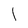
Character: 1